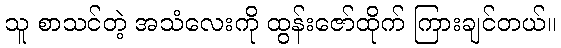
သူ စာသင်တဲ့ အသံလေးကို ထွန်းဇော်ထိုက် ကြားချင်တယ်။